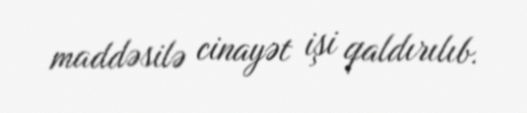
maddəsilə cinayət işi qaldırılıb.